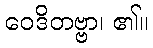
ဝေဒိတဗ္ဗာ၊ ၏။